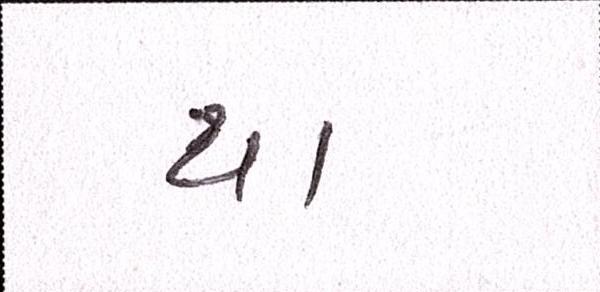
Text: યા